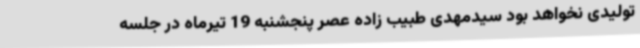
تولیدی نخواهد بود سیدمهدی طبیب زاده عصر پنجشنبه 19 تیرماه در جلسه